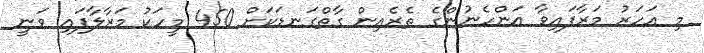
މި އަހަރު މަރާފައިވާ އަންހެނުންގެ ތެރެއިން ގާތްގަނޑަކަށް 450 މީހަކު މަރާލާފައި ވަނީ